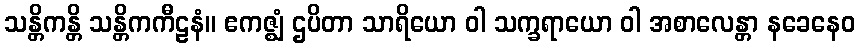
သန္တိကန္တိ သန္တိကကီဠနံ။ ဧကဇ္ဈံ ဌပိတာ သာရိယော ဝါ သက္ခရာယော ဝါ အစာလေန္တာ နခေနေဝ